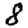
Digit: 8